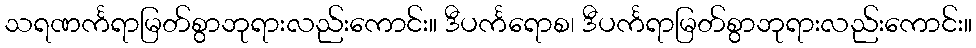
သရဏင်္ကရာမြတ်စွာဘုရားလည်းကောင်း။ ဒီပင်္ကရောစ၊ ဒီပင်္ကရာမြတ်စွာဘုရားလည်းကောင်း။